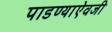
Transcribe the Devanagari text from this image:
पाडण्याऐवजी